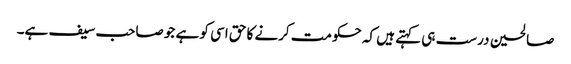
صالحین درست ہی کہتے ہیں کہ حکومت کرنے کا حق اسی کو ہے جو صاحب سیف ہے۔